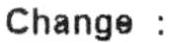
CHANGE :